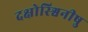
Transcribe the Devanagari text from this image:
दक्षोस्श्विनीषु